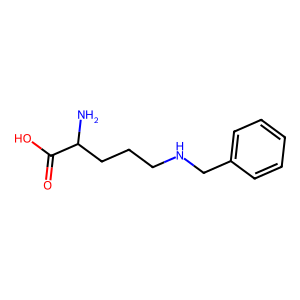
SMILES: NC(CCCNCc1ccccc1)C(=O)O
Inhibits HIV replication: No